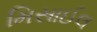
મિસાઈલ